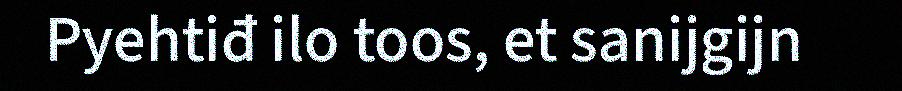
Pyehtiđ ilo toos, et sanijgijn